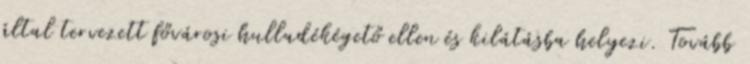
által tervezett fővárosi hulladékégető ellen és kilátásba helyezi. Tovább